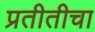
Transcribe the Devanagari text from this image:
प्रतीतीचा